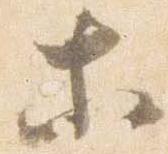
等